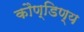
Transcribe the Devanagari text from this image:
कौण्डिण्य